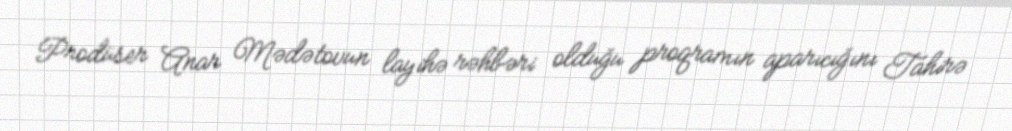
Prodüser Anar Mədətovun layihə rəhbəri olduğu proqramın aparıcığını Tahirə